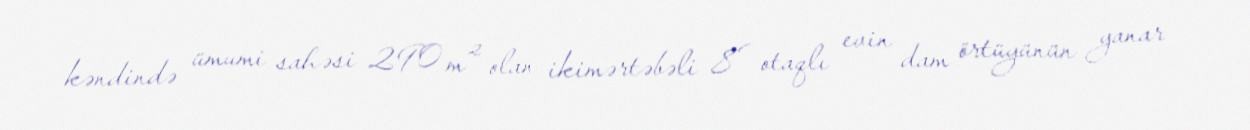
kəndində ümumi sahəsi 290 m² olan ikimərtəbəli 8 otaqlı evin dam örtüyünün yanar